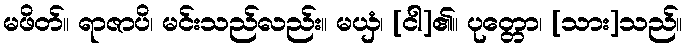
မဖိတ်။ ရာဇာပိ၊ မင်းသည်လည်း။ မယှံ၊ [ငါ]၏။ ပုတ္တော၊ [သား]သည်။